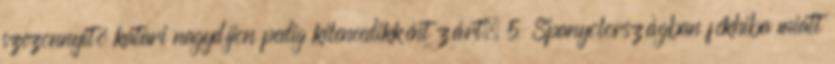
szezonnyitó katari nagydíjon pedig kilencedikként zárt. 5 Spanyolországban fékhiba miatt